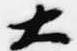
大